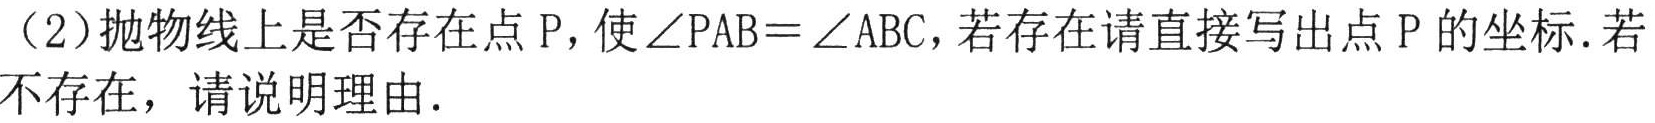
（2）抛物线上是否存在点 P，使$\angle PAB = \angle ABC$，若存在请直接写出点 P 的坐标. 若不存在，请说明理由.